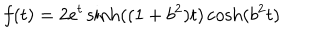
LaTeX: f ( t ) = 2 e ^ { t } \sinh ( ( 1 + b ^ { 2 } ) t ) \cosh ( b ^ { 2 } t )